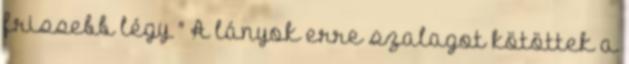
frissebb légy " A lányok erre szalagot kötöttek a